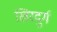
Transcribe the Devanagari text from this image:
खिरदुर्ग